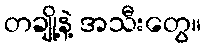
တချို့နဲ့ အသီးတွေ။